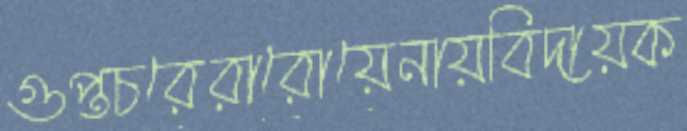
গুপ্তচরেরারোয়েনায়বিদায়ক